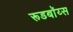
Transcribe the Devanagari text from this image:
रूडबॉय्स